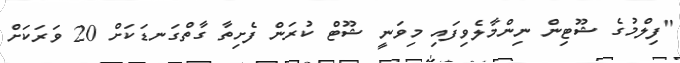
"ފިލްމުގެ ޝޫޓިން ނިންމާލެވިފައި މިވަނީ ޝޫޓް ކުރަން ފެށިތާ ގާތްގަނޑަކަށް 20 ވަރަކަށް